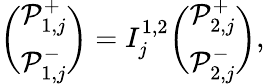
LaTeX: \binom{\mathcal{P}_{1,j}^{+}}{\mathcal{P}_{1,j}^{-}}=I_{j}^{1,2}\binom{\mathcal{P}_{2,j}^{+}}{\mathcal{P}_{2,j}^{-}},